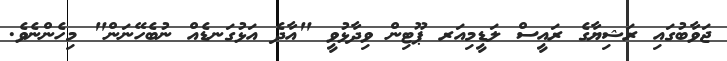
ޖަވާބުގައި ރަޝިޔާގެ ރައީސް ލަޑީމިއަރ ޕޫޓިން ވިދާޅުވީ "އާދެ އަޅުގަނޑެއް ނުބެހޭނަން" މިހެންނެވެ.